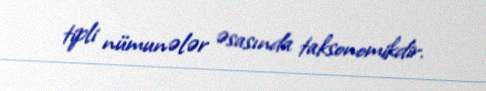
tipli nümunələr əsasında taksonomikdir.